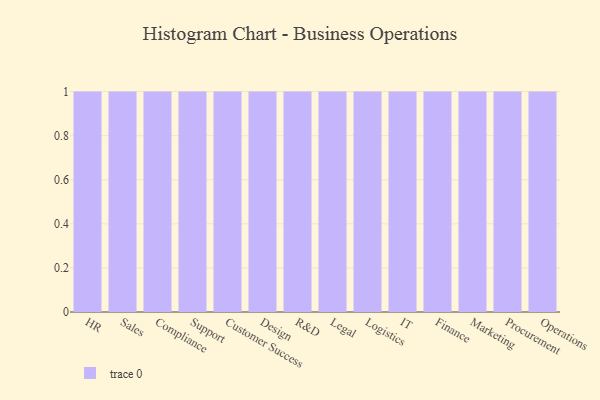
{"axis": {"x": "Department", "y": "Energy Usage (MWh)"}, "legend": [""], "data": [{"x": "HR", "y": 15, "type": ""}, {"x": "Sales", "y": 56, "type": ""}, {"x": "Compliance", "y": 80, "type": ""}, {"x": "Support", "y": 56, "type": ""}, {"x": "Customer Success", "y": 75, "type": ""}, {"x": "Design", "y": 65, "type": ""}, {"x": "R&D", "y": 96, "type": ""}, {"x": "Legal", "y": 38, "type": ""}, {"x": "Logistics", "y": 83, "type": ""}, {"x": "IT", "y": 3, "type": ""}, {"x": "Finance", "y": 97, "type": ""}, {"x": "Marketing", "y": 57, "type": ""}, {"x": "Procurement", "y": 4, "type": ""}, {"x": "Operations", "y": 34, "type": ""}]}